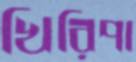
খিরিপা